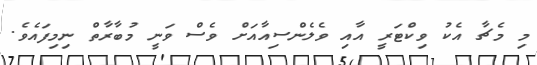
މި މެޗާ އެކު ވިކްޓަރީ އާއި ވެލެންސިއާއަށް ވެސް ވަނީ މުބާރާތް ނިމިފައެވެ.